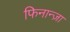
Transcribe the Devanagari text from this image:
फिनान्ज़ा